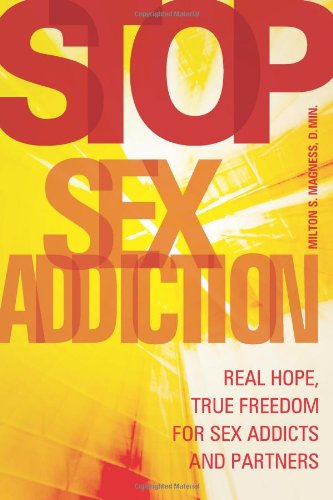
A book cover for Stop Sex Addiction: Real Hope, True Freedom for Sex Addicts and Partners; Milton Magness; Health, Fitness & Dieting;